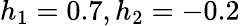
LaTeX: h_{1}=0.7,h_{2}=-0.2